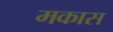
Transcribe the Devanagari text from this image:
मकास